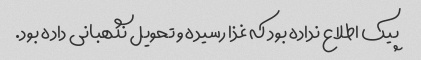
پیک اطلاع نداده بود که غذا رسیده و تحویل نگهبانی داده بود.